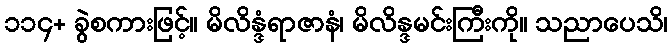
၁၁၄+ ခွဲစကားဖြင့်။ မိလိန္ဒံရာဇာနံ၊ မိလိန္ဒမင်းကြီးကို။ သညာပေသိ၊